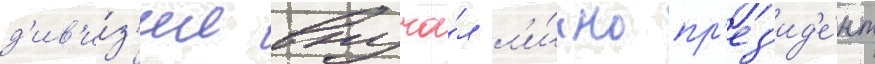
д'ив'и́з'ии вруча́л л'и́чно пр'ез'ид'е́нт